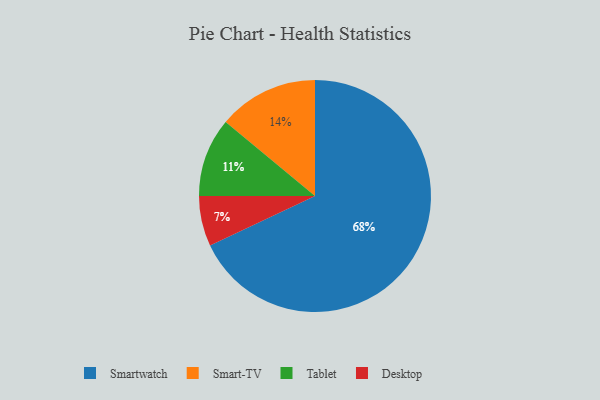
{"axis": {"x": "Category", "y": "Percentage"}, "legend": ["Desktop", "Smart-TV", "Smartwatch", "Tablet"], "data": [{"x": "Smart-TV", "y": 14, "type": "Smart-TV"}, {"x": "Desktop", "y": 7, "type": "Desktop"}, {"x": "Smartwatch", "y": 68, "type": "Smartwatch"}, {"x": "Tablet", "y": 11, "type": "Tablet"}]}